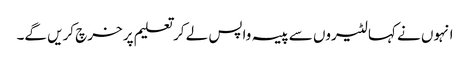
انہوں نے کہا لٹیروں سے پیسہ واپس لے کر تعلیم پر خرچ کریں گے۔